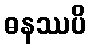
ဓနဿပိ